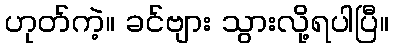
ဟုတ်ကဲ့။ ခင်ဗျား သွားလို့ရပါပြီ။